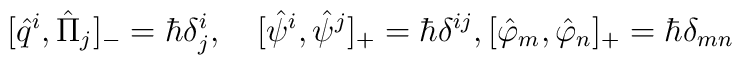
[\hat q^i,\hat \Pi_j]_{-}=\hbar\delta^i_j,\quad[\hat \psi^i,\hat \psi^j]_{+}=\hbar\delta^{ij},[\hat{\varphi}_m,\hat{\varphi}_n]_{+}=\hbar\delta_{mn}